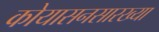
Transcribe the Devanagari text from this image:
कोयासनसारख्या